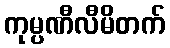
ကုမ္ပဏီလီမိတက်